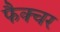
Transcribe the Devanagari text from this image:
फैक्चर